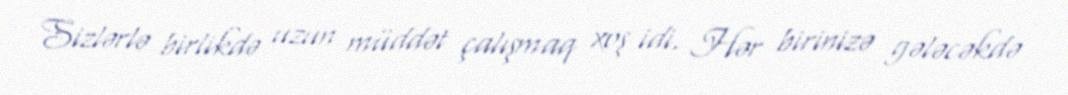
Sizlərlə birlikdə uzun müddət çalışmaq xoş idi. Hər birinizə gələcəkdə